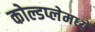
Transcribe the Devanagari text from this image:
कोल्डप्लेमध्ये